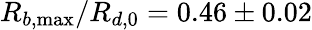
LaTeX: R_{b,\operatorname*{max}}/R_{d,0}=0.46\pm 0.02